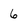
Character: 6